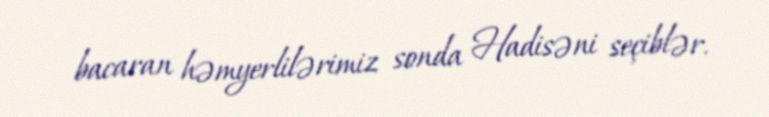
bacaran həmyerlilərimiz sonda Hadisəni seçiblər.